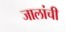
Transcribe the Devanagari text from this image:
जालांची